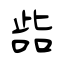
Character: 啙